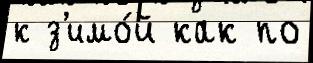
к з'имо́й как по